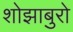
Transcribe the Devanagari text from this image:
शोझाबुरो